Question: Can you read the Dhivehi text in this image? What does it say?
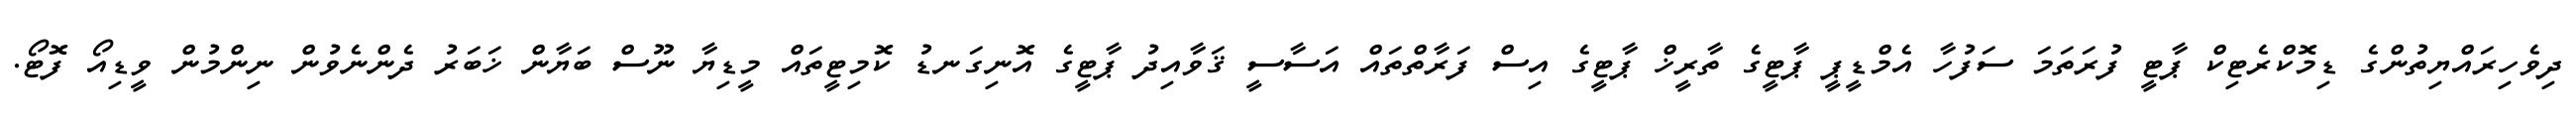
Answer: ދިވެހިރައްޔިތުންގެ ޑިމޮކްރެޓިކް ޕާޓީ ފުރަތަމަ ސަފުހާ އެމްޑީޕީ ޕާޓީގެ ތާރީޚް ޕާޓީގެ އިސް ފަރާތްތައް އަސާސީ ޤަވާއިދު ޕާޓީގެ އޮނިގަނޑު ކޮމިޓީތައް މީޑިޔާ ނޫސް ބަޔާން ޚަބަރު ދެންނެވުން ނިންމުން ވީޑިއޯ ފޮޓޯ.